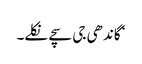
‘ گاندھی جی سچے نکلے۔